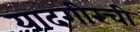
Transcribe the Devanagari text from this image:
यादगीरची